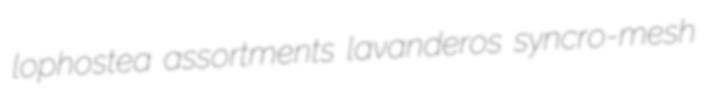
lophostea assortments lavanderos syncro-mesh